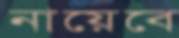
নায়েবে